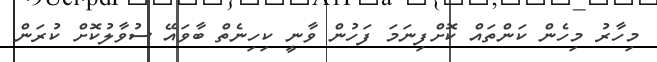
މިހާރު މިހެން ކަންތައް ކޮށްފިނަމަ ފަހުން ވާނީ ކިހިނެތް ބާވައޭ ސުވާލުކޮށް ކުރަން